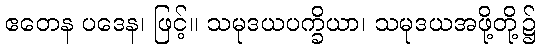
ဧတေန ပဒေန၊ ဖြင့်။ သမုဒယပက္ခိယာ၊ သမုဒယအဖို့တို့၌